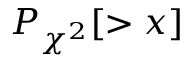
P _ { \chi ^ { 2 } } [ > x ]